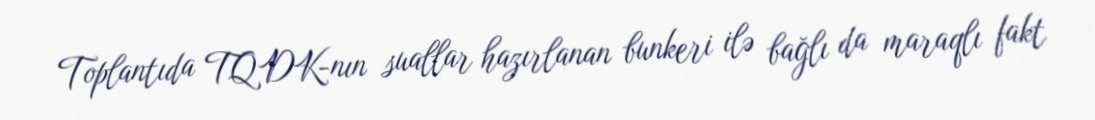
Toplantıda TQDK-nın suallar hazırlanan bunkeri ilə bağlı da maraqlı fakt